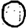
Digit: 0